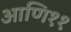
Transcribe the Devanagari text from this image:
आणि११